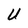
Character: U